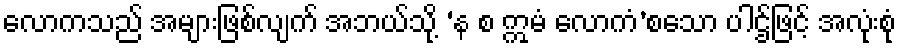
လောကသည် အများဖြစ်လျက် အဘယ်သို့ ‘န စ ဣမံ လောကံ’စသော ပါဌ်ဖြင့် အလုံးစုံ